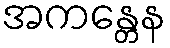
အကန္တေန